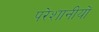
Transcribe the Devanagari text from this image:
परेशानीयों